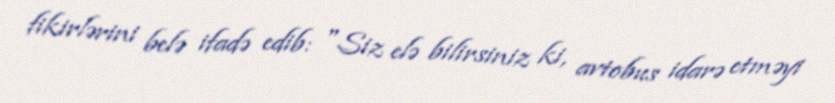
fikirlərini belə ifadə edib: "Siz elə bilirsiniz ki, avtobus idarə etməyi